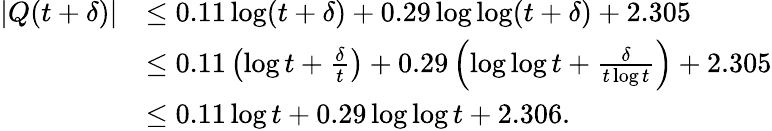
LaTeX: \begin{array}{rl}{|Q(t+\delta)|}&{\le 0.11\log(t+\delta)+0.29\log\log(t+\delta)+2.305}\\ &{\le 0.11\left(\log t+\frac{\delta}{t}\right)+0.29\left(\log\log t+\frac{\delta}{t\log t}\right)+2.305}\\ &{\le 0.11\log t+0.29\log\log t+2.306.}\end{array}